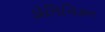
ડોમિનિકન